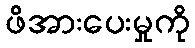
ဖိအားပေးမှုကို